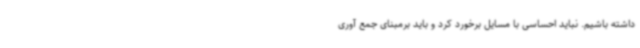
داشته باشیم. نباید احساسی با مسایل برخورد کرد و باید برمبنای جمع آوری